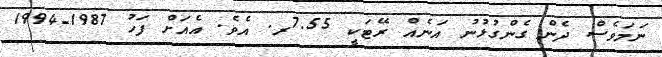
ނަމަވެސް ދެން ގެންގުޅުނު އަނެއް ރޭޓަކީ 7.55ރ. އެވެ. އެއަށް ފަހު 1987-1994